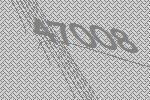
47008